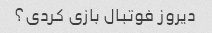
دیروز فوتبال بازی کردی؟